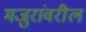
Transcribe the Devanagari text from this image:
मजुरांवरील